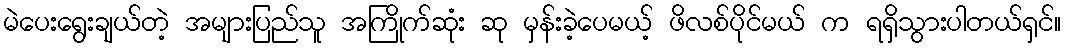
မဲပေးရွေးချယ်တဲ့ အများပြည်သူ အကြိုက်ဆုံး ဆု မှန်းခဲ့ပေမယ့် ဖိလစ်ပိုင်မယ် က ရရှိသွားပါတယ်ရှင်။